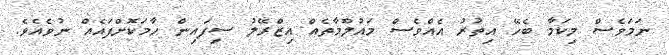
ނަމަވެސް މިކަމާ ބެހޭ އިތުރު އެއްވެސް މައުލޫމާތެއް އިޒްރޭލު ސިފައިން ހާމަކޮށްފައެއް ނުވެއެވެ.